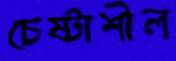
চেষ্টাশীল